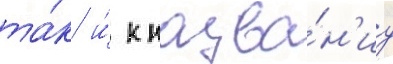
та́к и́ к назва́н'иу